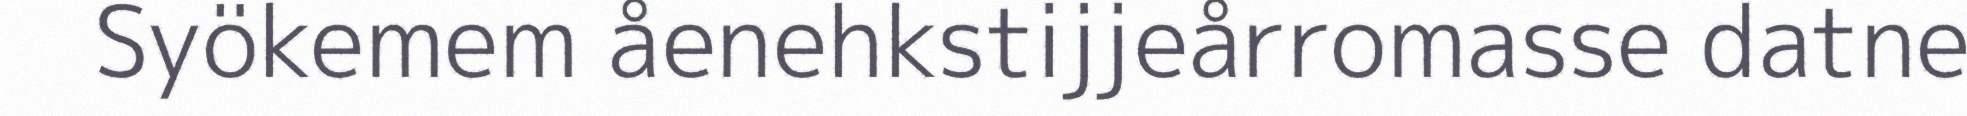
Syökemem åenehkstijjeårromasse datne